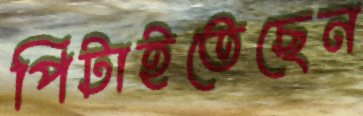
পিটাইতেছেন